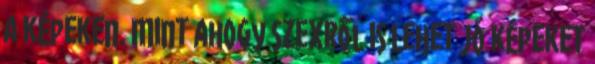
a képeken. Mint ahogy szexről is lehet jó képeket